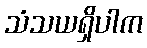
သံသယရှိပါက